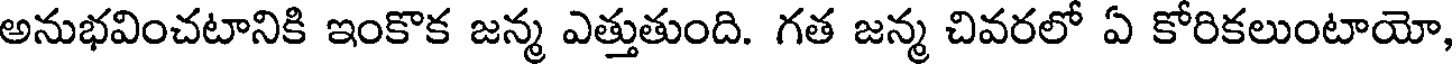
అనుభవించటానికి ఇంకొక జన్మ ఎత్తుతుంది. గత జన్మ చివరలో ఏ కోరికలుంటాయో,